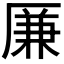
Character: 𠪊